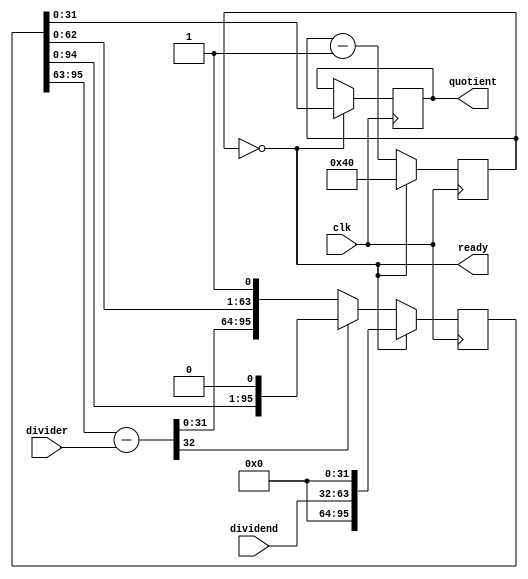
// V1.0 17th July 2007
//
// Copyright 2007 Phil Harman VK6APH
//
//  HPSDR - High Performance Software Defined Radio
//
//
//  64 bit division  
//
//
//  This program is free software; you can redistribute it and/or modify
//  it under the terms of the GNU General Public License as published by
//  the Free Software Foundation; either version 2 of the License, or
//  (at your option) any later version.
//
//  This program is distributed in the hope that it will be useful,
//  but WITHOUT ANY WARRANTY; without even the implied warranty of
//  MERCHANTABILITY or FITNESS FOR A PARTICULAR PURPOSE.  See the
//  GNU General Public License for more details.
//
//  You should have received a copy of the GNU General Public License
//  along with this program; if not, write to the Free Software
//  Foundation, Inc., 59 Temple Place, Suite 330, Boston, MA  02111-1307  USA

//  divide program using successive subtraction, slow but fast enough for our needs. 


module division(quotient,ready,dividend,divider,clk);
   
   input [31:0]  dividend; // frequency 
   input [31:0]  divider;  // 125MHz
   input         clk;
   output [31:0] quotient;
   output        ready;

   reg [95:0]    qr;
   reg [33:0]    diff;
   reg [31:0]    quotient;


   always @(negedge clk)
   begin
	if (ready)					// get result when ready 
		quotient <= qr[31:0];
   	else 
		quotient <= quotient;
   end

   reg [7:0]     bits; 
   wire          ready = !bits;
   
   always @(posedge clk) 
     if(ready) begin
        bits = 64;
        qr = {32'd0,dividend, 32'd0}; // multiply freq by 2^32
     end else begin
        diff = qr[95:63] - {1'b0,divider};
        if(diff[32])
          qr = {qr[94:0],1'd0};      // negative so use qr shifted left, result = 0
        else
          qr = {diff[31:0],qr[62:0],1'd1}; // positive so use diff shifted left, result = 1
        bits = bits - 1'b1;
    end

endmodule